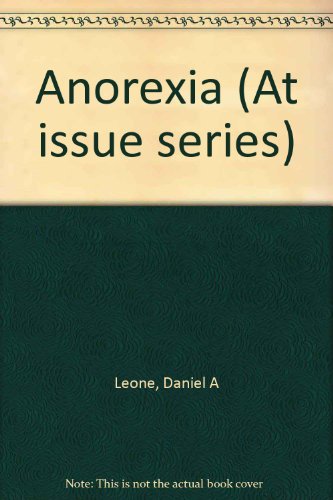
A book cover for At Issue Series - Anorexia (hardcover edition); Daniel A. Leone; Health, Fitness & Dieting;